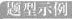
题型示例